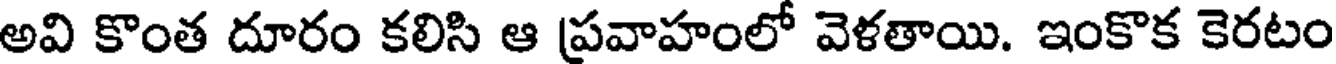
అవి కొంత దూరం కలిసి ఆ ప్రవాహంలో వెళతాయి. ఇంకొక కెరటం